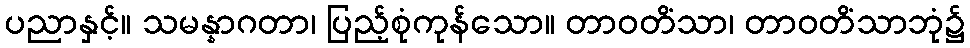
ပညာနှင့်။ သမန္နာဂတာ၊ ပြည့်စုံကုန်သော။ တာဝတိံသာ၊ တာဝတိံသာဘုံ၌